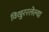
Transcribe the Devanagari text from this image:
विखुररलेल्या